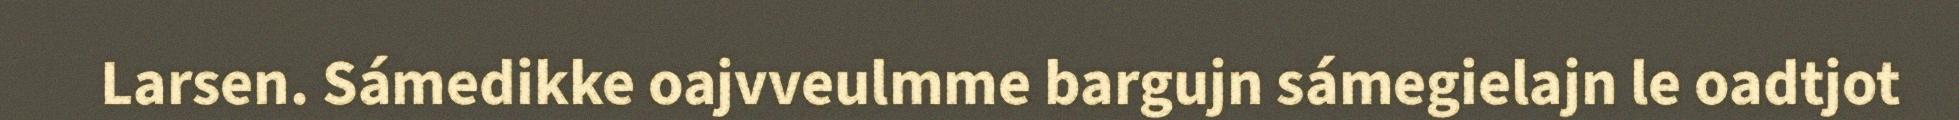
Larsen. Sámedikke oajvveulmme bargujn sámegielajn le oadtjot